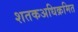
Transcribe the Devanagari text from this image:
शतकअधिक्रमित